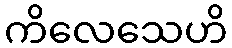
ကိလေသေဟိ